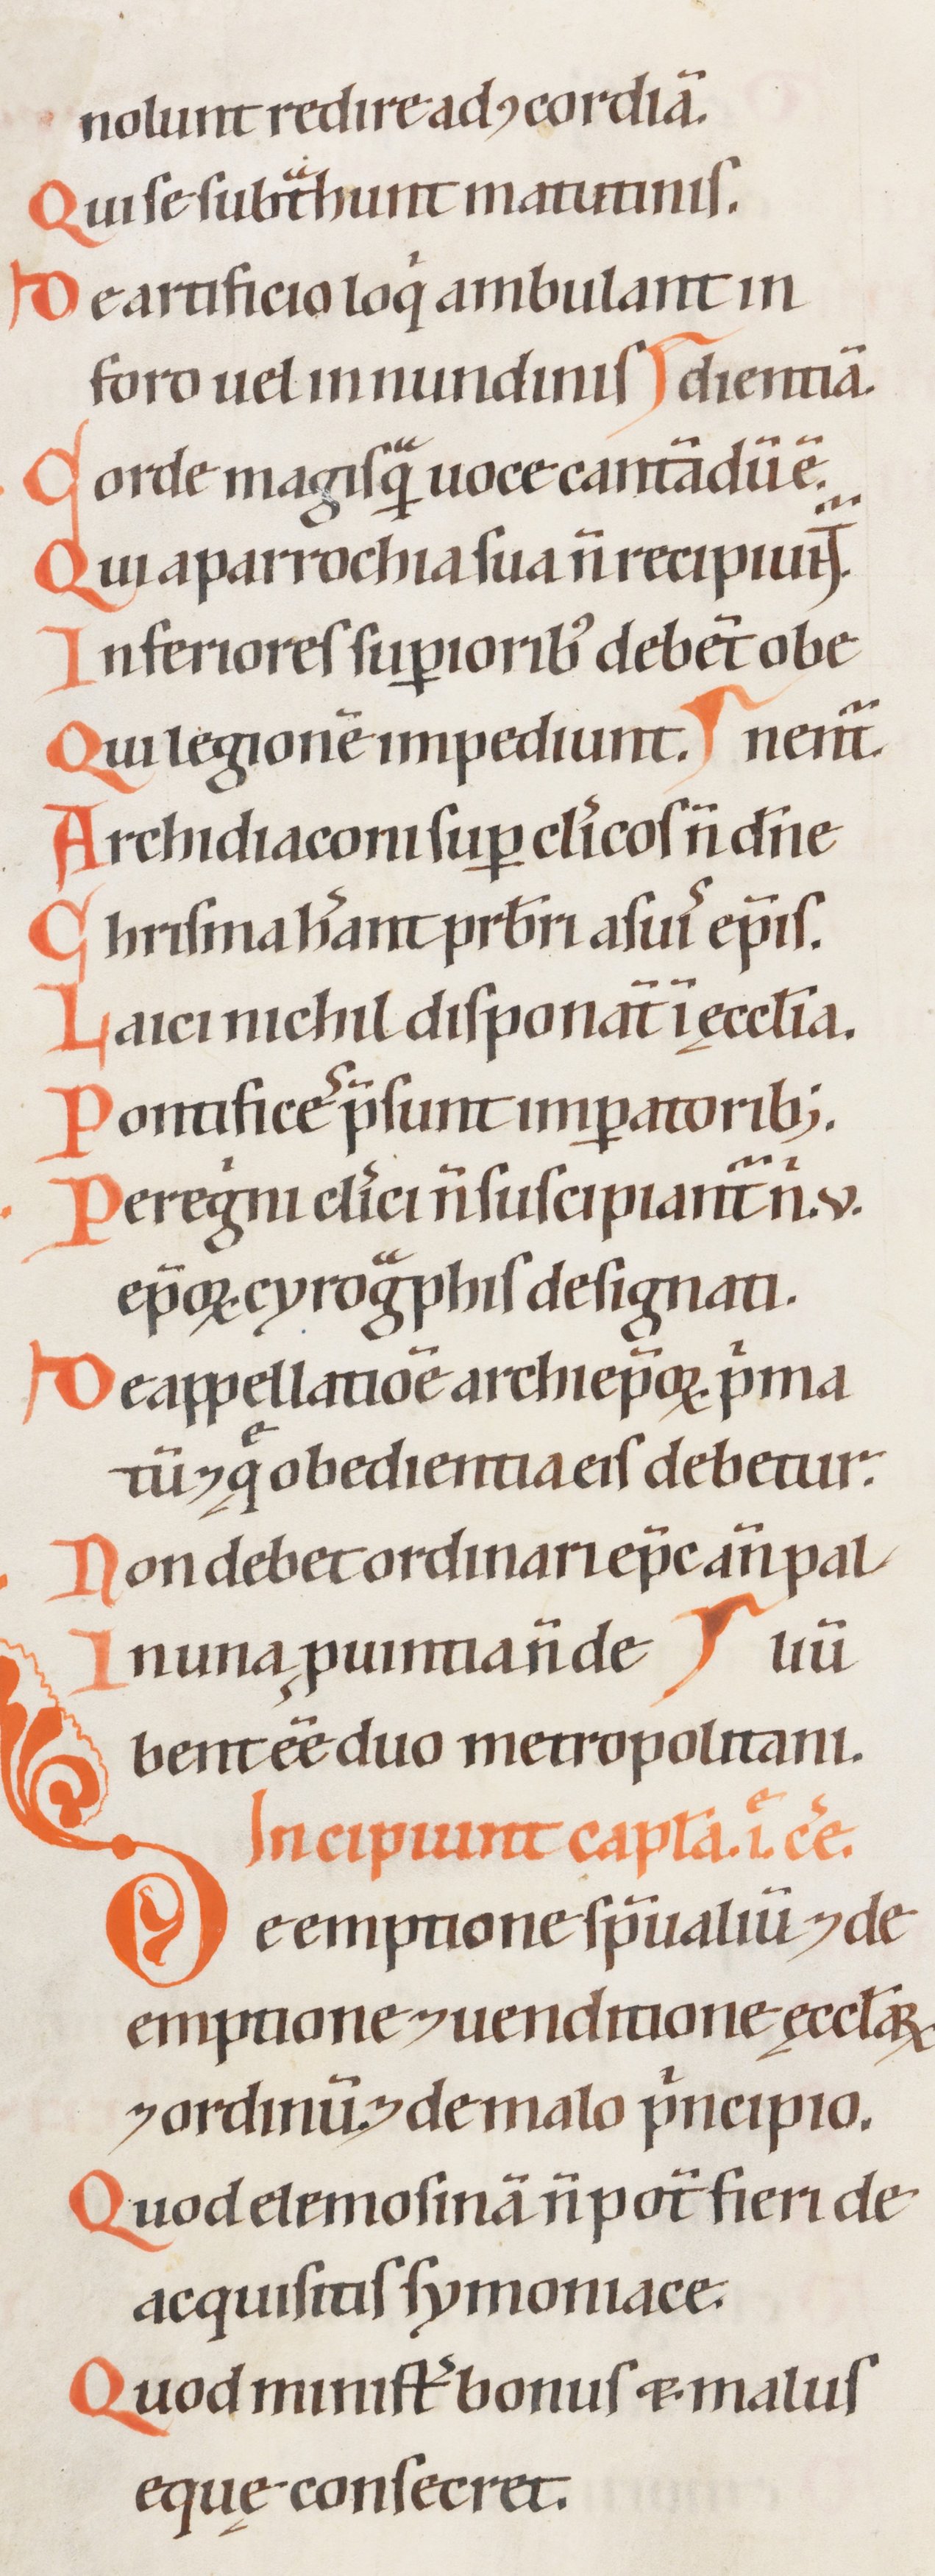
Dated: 1200–1299